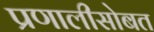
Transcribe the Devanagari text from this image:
प्रणालीसोबत